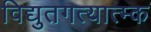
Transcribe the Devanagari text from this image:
विद्युतगत्यात्म्क